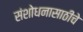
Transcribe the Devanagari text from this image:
संशोधनासाठीचे